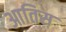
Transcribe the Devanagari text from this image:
आतिस़